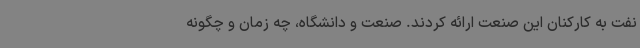
نفت به کارکنان این صنعت ارائه کردند. صنعت و دانشگاه، چه زمان و چگونه